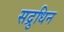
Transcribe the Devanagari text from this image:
सद्रुधिन